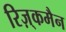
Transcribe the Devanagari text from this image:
रिज़्कमैन